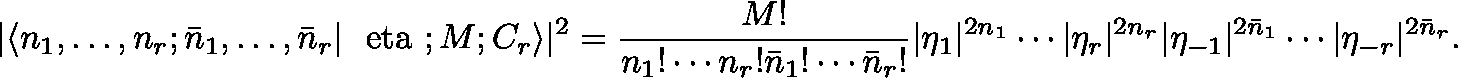
| \langle n _ { 1 } , \ldots , n _ { r } ; \bar { n } _ { 1 } , \ldots , \bar { n } _ { r } | \mathrm { \boldmath ~ \ e t a ~ } ; M ; C _ { r } \rangle | ^ { 2 } = { \frac { M ! } { n _ { 1 } ! \cdots n _ { r } ! \bar { n } _ { 1 } ! \cdots \bar { n } _ { r } ! } } | \eta _ { 1 } | ^ { 2 n _ { 1 } } \cdots | \eta _ { r } | ^ { 2 n _ { r } } | \eta _ { - 1 } | ^ { 2 \bar { n } _ { 1 } } \cdots | \eta _ { - r } | ^ { 2 \bar { n } _ { r } } .